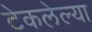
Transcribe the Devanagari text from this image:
टेकलेल्या